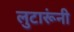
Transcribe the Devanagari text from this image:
लुटारूंनी